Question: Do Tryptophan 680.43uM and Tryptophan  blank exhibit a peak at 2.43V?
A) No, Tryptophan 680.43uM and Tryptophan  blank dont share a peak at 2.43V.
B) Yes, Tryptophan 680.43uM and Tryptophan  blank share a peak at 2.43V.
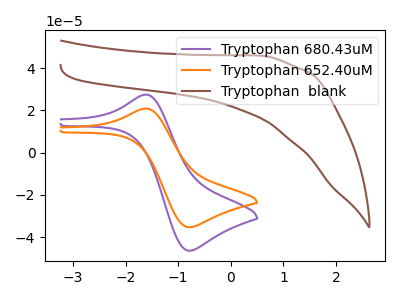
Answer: <think>The purple curve "Tryptophan 680.43uM" has an anodic peak at (-1.60V, 27.50uA) and a cathodic peak at (-0.80V, -46.40uA). The orange curve "Tryptophan 652.40uM" has an anodic peak at (-1.60V, 20.90uA) and a cathodic peak at (-0.80V, -35.25uA). The brown curve "Tryptophan  blank" has no peaks.</think>
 <answer>A) No, "Tryptophan 680.43uM" and "Tryptophan  blank" dont share a peak at 2.43V.</answer>
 <eval>A</eval>